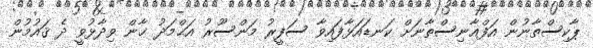
ޕާކިސްތާނުން އަފްޣާނިސްތާނަށް ކަނޑައަޅާފައިވާ ސަފީރު މަންސޫރު އަޙްމަދު ޚާން ވިދާޅުވީ ދެ ޤައުމުން